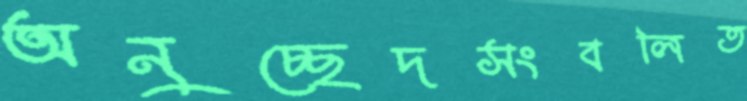
অনুচ্ছেদসংবলিত